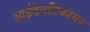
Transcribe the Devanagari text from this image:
आईडेनटिफायर